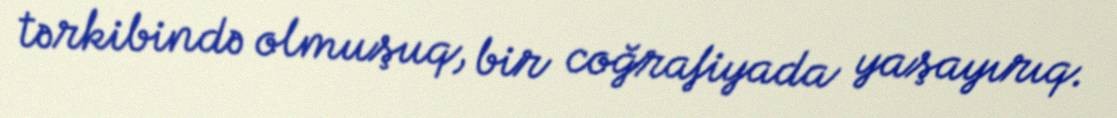
tərkibində olmuşuq, bir coğrafiyada yaşayırıq.